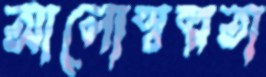
আলোস্বল্পতা